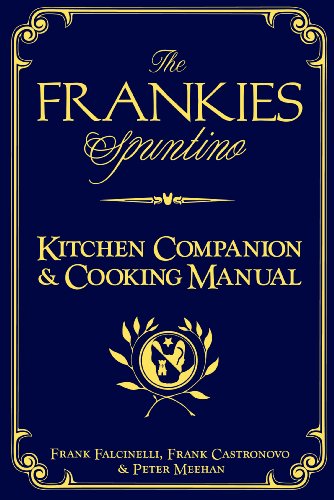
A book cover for The Frankies Spuntino Kitchen Companion & Cooking Manual; Frank^Castronovo, Frank^Meehan, Peter Falcinelli; Cookbooks, Food & Wine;